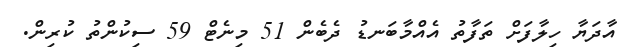
އާދަޔާ ހިލާފަށް ތަފާތު އެއްމާބަނޑު ދެބެން 51 މިނެޓް 59 ސިކުންތު ކުރިން.